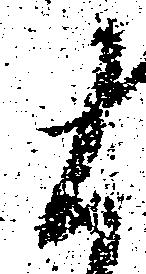
候